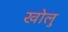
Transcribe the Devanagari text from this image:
खोलु